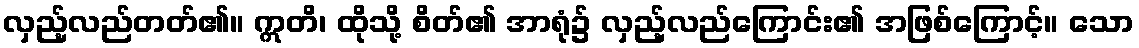
လှည့်လည်တတ်၏။ ဣတိ၊ ထိုသို့ စိတ်၏ အာရုံ၌ လှည့်လည်ကြောင်း၏ အဖြစ်ကြောင့်။ သော